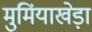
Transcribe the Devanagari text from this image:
मुमिंयाखेड़ा